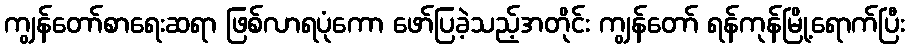
ကျွန်တော်စာရေးဆရာ ဖြစ်လာရပုံကော ဖော်ပြခဲ့သည့်အတိုင်း ကျွန်တော် ရန်ကုန်မြို့ရောက်ပြီး